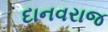
દાનવરાજ